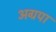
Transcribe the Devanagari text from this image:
अग्रपा